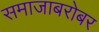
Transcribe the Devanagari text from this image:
समाजाबरोबर